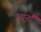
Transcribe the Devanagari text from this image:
आर्नॉ